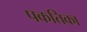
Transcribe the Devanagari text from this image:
पकतिका